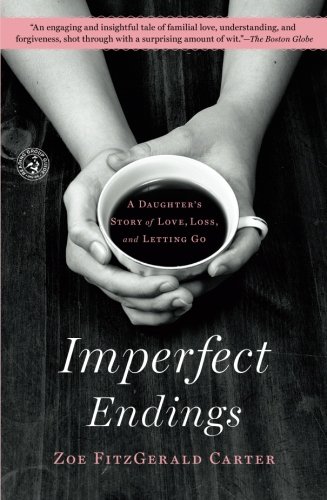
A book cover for Imperfect Endings: A Daughter's Story of Love, Loss, and Letting Go; Zoe FitzGerald Carter; Medical Books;